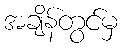
အချိန်တွင်မှ